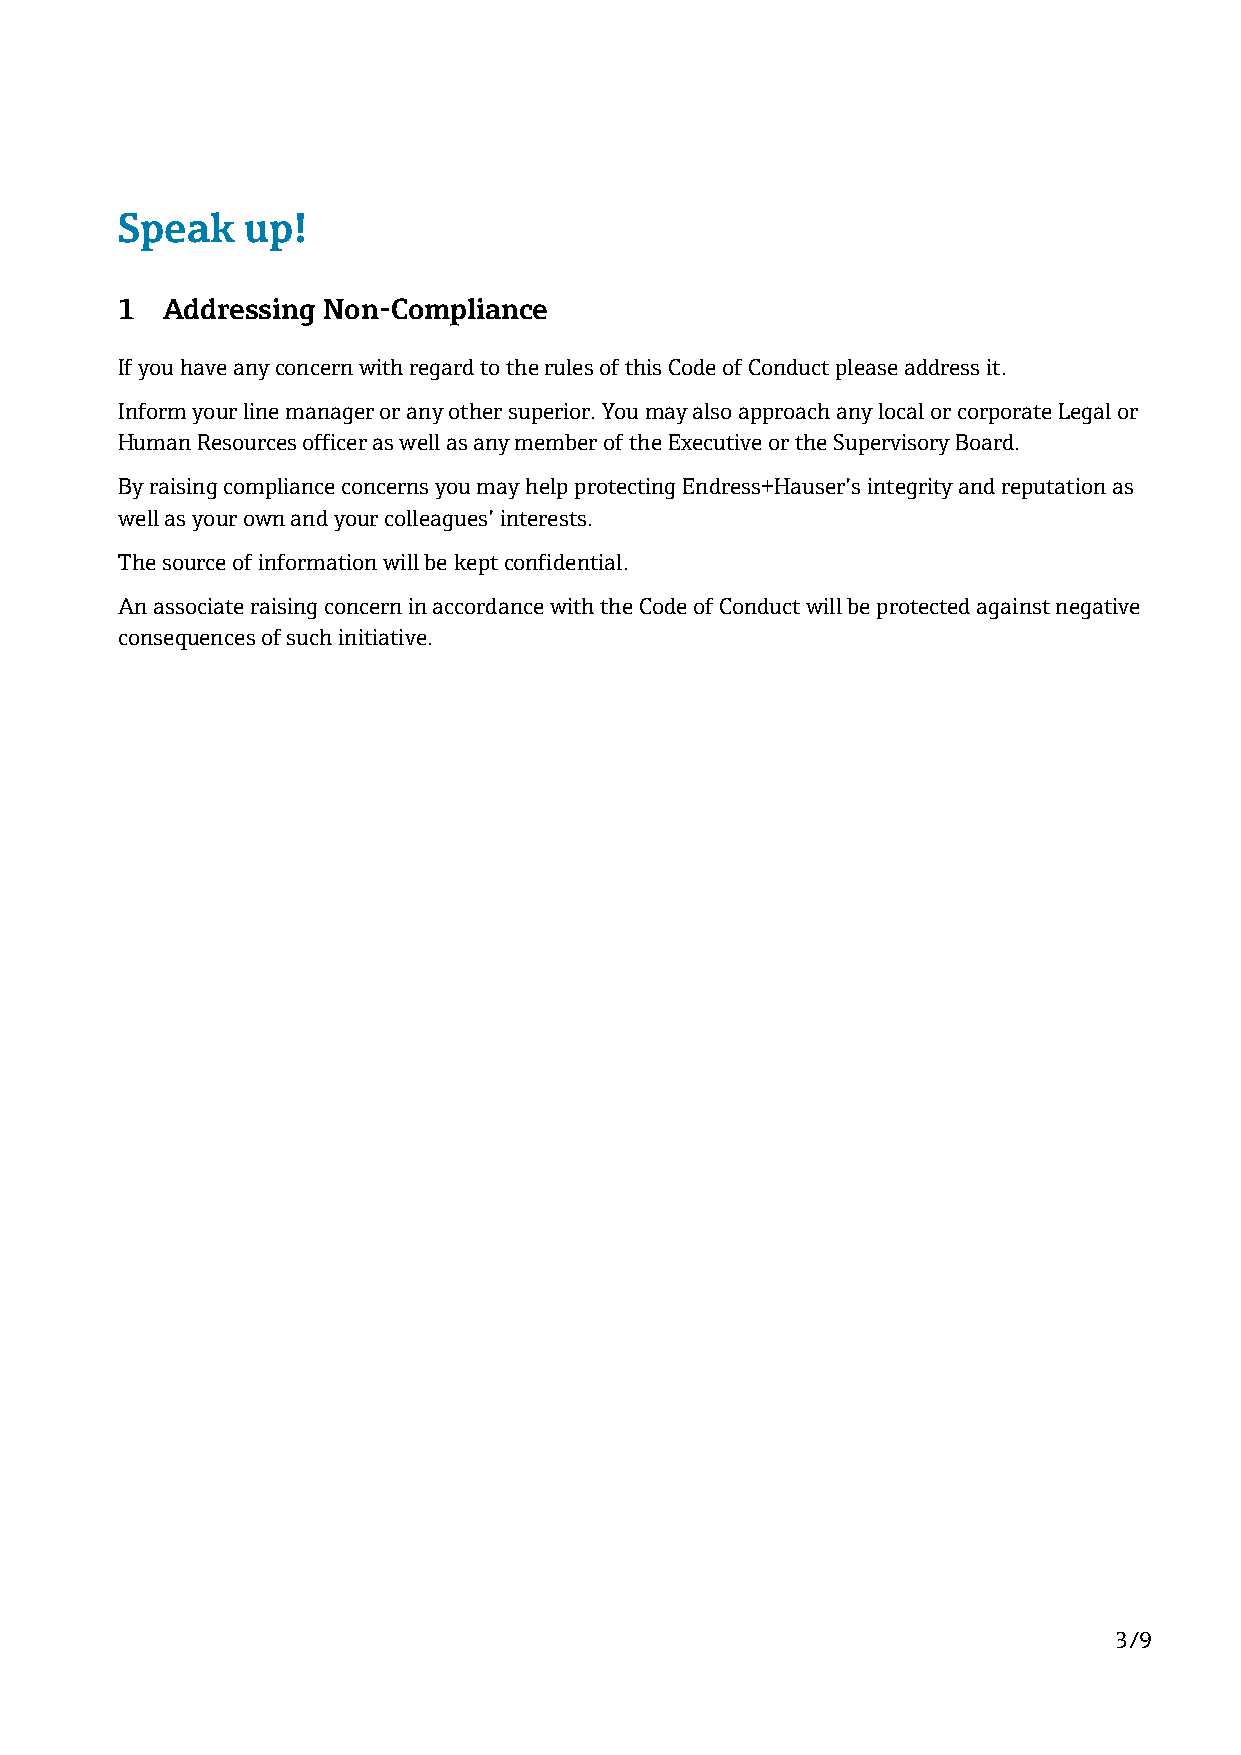
Speak   up!
 1  Addressing Non-Compliance
 If you have any concern with regard to the rules of this Code of Conduct please address it.
 Inform your line manager or any other superior. You may also approach any local or corporate Legal or
 Human Resources officer as well as any member of the Executive or the Supervisory Board.
 By raising compliance concerns you may help protecting Endress+Hauser’s integrity and reputation as
 well as your own and your colleagues’ interests.
 The source of information will be kept confidential.
 An associate raising concern in accordance with the Code of Conduct will be protected against negative
 consequences of such initiative.
 3/9